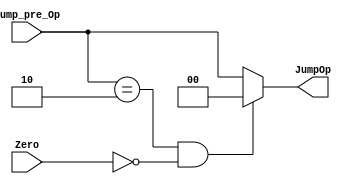
// Jump_Ctrl

module Jump_Ctrl( Zero,
                  JumpOp,
				  // write your code in here
				  jump_pre_Op
				  );

    input 		Zero;
	output [1:0] JumpOp;

	// write your code in here
	input [1:0] jump_pre_Op;
	reg		[1:0] JumpOp;

	always@(*)
		if(jump_pre_Op == 2 && ~Zero)
			JumpOp = 0;
		else
			JumpOp = jump_pre_Op;
	
endmodule